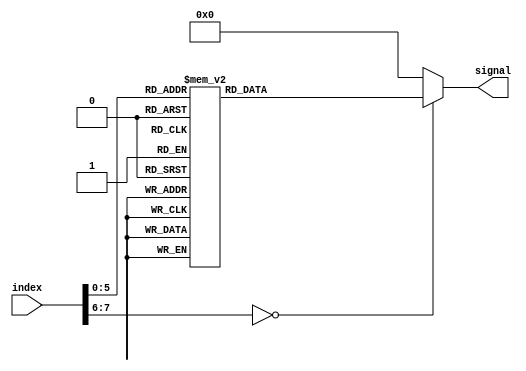
module sine_table(
  input [7:0] index,
  output [15:0] signal
);
parameter PERIOD = 48; // length of table

assign signal = sine;
reg [15:0] sine;
        
always@(index)
begin
case(index)
0  :  sine       <=      0       ;
1  :  sine       <=      4276    ;
2  :  sine       <=      8480    ;
3  :  sine       <=      12539   ;
4  :  sine       <=      16383   ;
5  :  sine       <=      19947   ;
6  :  sine       <=      23169   ;
7  :  sine       <=      25995   ;
8  :  sine       <=      28377   ;
9  :  sine       <=      30272   ;
10  :  sine      <=      31650   ;
11  :  sine      <=      32486   ;
12  :  sine      <=      32767   ;
13  :  sine      <=      32486   ;
14  :  sine      <=      31650   ;
15  :  sine      <=      30272   ;
16  :  sine      <=      28377   ;
17  :  sine      <=      25995   ;
18  :  sine      <=      23169   ;
19  :  sine      <=      19947   ;
20  :  sine      <=      16383   ;
21  :  sine      <=      12539   ;
22  :  sine      <=      8480    ;
23  :  sine      <=      4276    ;
24  :  sine      <=      0       ;
25  :  sine      <=      61259   ;
26  :  sine      <=      57056   ;
27  :  sine      <=      52997   ;
28  :  sine      <=      49153   ;
29  :  sine      <=      45589   ;
30  :  sine      <=      42366   ;
31  :  sine      <=      39540   ;
32  :  sine      <=      37159   ;
33  :  sine      <=      35263   ;
34  :  sine      <=      33885   ;
35  :  sine      <=      33049   ;
36  :  sine      <=      32768   ;
37  :  sine      <=      33049   ;
38  :  sine      <=      33885   ;
39  :  sine      <=      35263   ;
40  :  sine      <=      37159   ;
41  :  sine      <=      39540   ;
42  :  sine      <=      42366   ;
43  :  sine      <=      45589   ;
44  :  sine      <=      49152   ;
45  :  sine      <=      52997   ;
46  :  sine      <=      57056   ;
47  :  sine      <=      61259   ;
default   : sine   <=   0   ;
endcase
end
endmodule